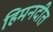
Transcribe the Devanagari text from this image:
हिमनदीत